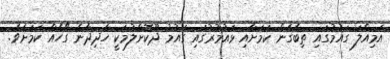
އަމިއްލަ ގައުމުގައި ތިބެގެން ކަމަށާއި ޅައުމުރުގައި ގައުމު ދޫކޮށްލުމަކީ ހެދިދާނެ ގޯހެއް ކަމަށެވެ.